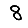
Digit: 8